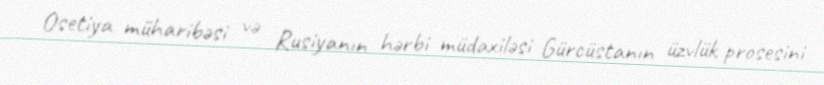
Osetiya müharibəsi və Rusiyanın hərbi müdaxiləsi Gürcüstanın üzvlük prosesini